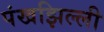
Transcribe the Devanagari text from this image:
पंखझिल्ली